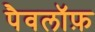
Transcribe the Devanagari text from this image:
पैवलॉफ़